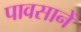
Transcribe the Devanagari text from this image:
पावसानें